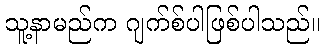
သူ့နာမည်က ဂျက်စ်ပါဖြစ်ပါသည်။